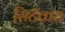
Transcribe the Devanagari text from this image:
सिटॅकस